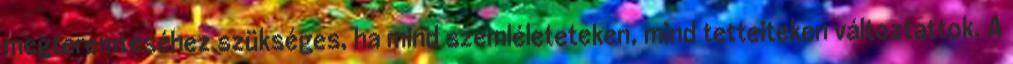
megteremtéséhez szükséges, ha mind szemléleteteken, mind tetteiteken változtattok. A